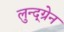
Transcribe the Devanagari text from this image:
लुन्द्ग्रेन